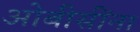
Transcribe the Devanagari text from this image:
ओबीसींना